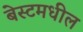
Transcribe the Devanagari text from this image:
बेस्टमधील